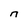
Character: 7